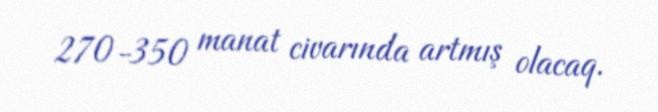
270-350 manat civarında artmış olacaq.